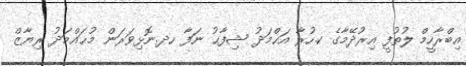
އިބްރާހީމް ލުތުފީ އިރުދޭމާގެ ކ.ހުރާ އަޙްމަދު ޝިފާޙު ނަފާ ހދ.ނޮޅިވަރަން މުޙައްމަދު ރިޔާޒް